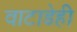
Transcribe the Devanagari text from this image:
वाटाडेही